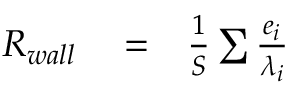
\begin{array} { r l r } { R _ { w a l l } } & { { } = } & { \frac { 1 } { S } \sum \frac { e _ { i } } { \lambda _ { i } } } \end{array}